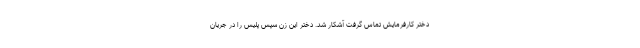
دختر کارفرمایش تماس گرفت آشکار شد. دختر این زن سپس پلیس را در جریان